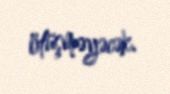
ötüşməyəcək.